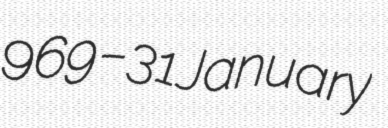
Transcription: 969 – 31 January